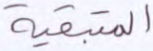
المتبقية